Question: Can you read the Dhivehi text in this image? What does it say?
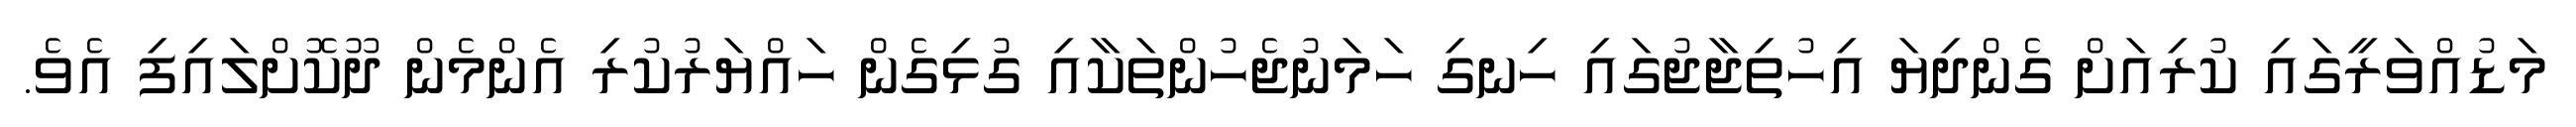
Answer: މަޑުއްވަރީގައި ކުރިއަށް ގެންދިޔަ އިހުތިޖާޖުގައި ހިނގި ހަމަނުޖެހުންތަކާއި ގުޅިގެން ހައްޔަރުކުރި އެންމެން ދޫކޮށްލައިފި އެވެ.